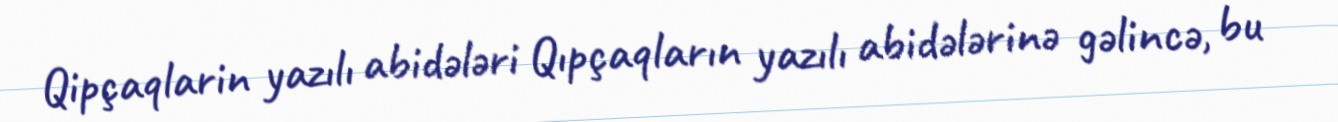
Qipçaqlarin yazılı abidələri Qıpçaqların yazılı abidələrinə gəlincə, bu